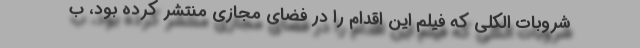
شروبات الکلی که فیلم این اقدام را در فضای مجازی منتشر کرده بود، ب